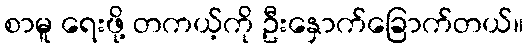
စာမူ ရေးဖို့ တကယ့်ကို ဦးနှောက်ခြောက်တယ်။